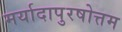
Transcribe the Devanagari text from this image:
मर्यादापुरषोत्तम